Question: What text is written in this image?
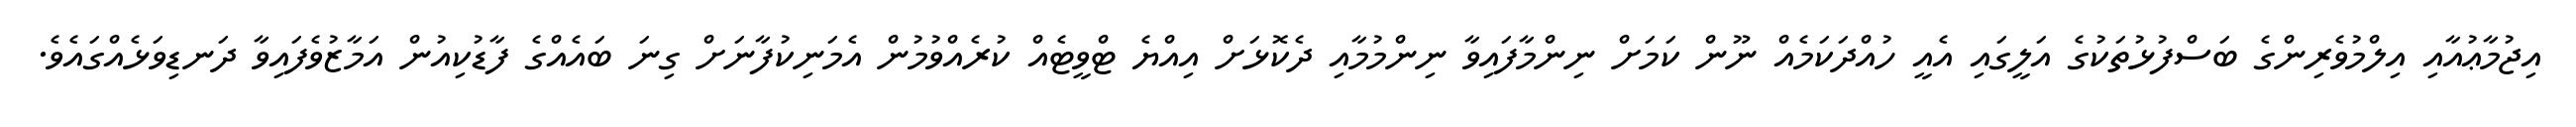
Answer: އިޖުމާޢުއާއި އިލްމުވެރިންގެ ބަސްފުޅުތަކުގެ އަލީގައި އެއީ ހުއްދަކަމެއް ނޫން ކަމަށް ނިންމާފައިވާ ނިންމުމާއި ދެކޮޅަށް އިއްޔެ ޓްވީޓެއް ކުރެއްވުމުން އެމަނިކުފާނަށް ގިނަ ބައެއްގެ ފާޑުކިއުން އަމާޒުވެފައިވާ ދަނޑިވަޅެއްގައެވެ.